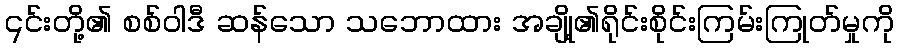
၎င်းတို့၏ စစ်ဝါဒီ ဆန်သော သဘောထား အချို့၏ရိုင်းစိုင်းကြမ်းကြုတ်မှုကို